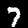
Label: 7